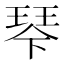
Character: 𰢆